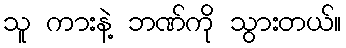
သူ ကားနဲ့ ဘဏ်ကို သွားတယ်။